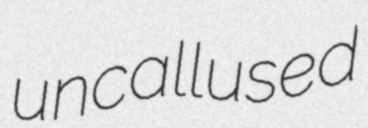
uncallused